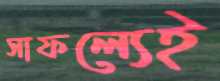
সাফল্যেই